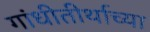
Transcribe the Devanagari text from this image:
गांधीतीर्थाच्या